Insane asylums in Bengal annual reports 1867-1875 - 1867-1875
Year: 1867
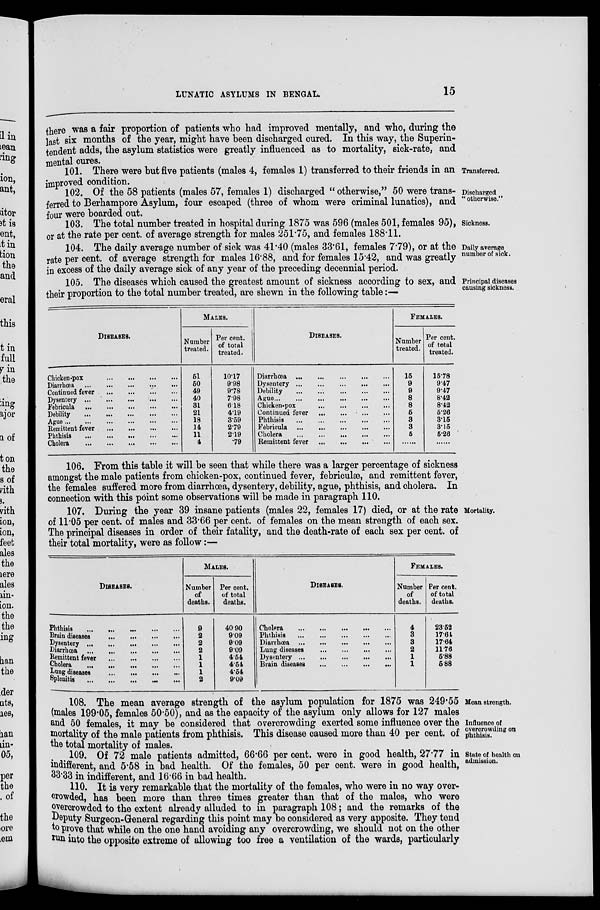
LUNATIC ASYLUMS IN BENGAL.
15
there was a fair proportion of patients who had improved mentally, and who, during the
last six months of the year, might have been discharged cured. In this way, the Superin-
tendent adds, the asylum statistics were greatly influenced as to mortality, sick-rate, and
mental cures.
Transferred.
101. There were but five patients (males 4, females 1) transferred to their friends in an
improved condition.
Discharged
"otherwise."
102. Of the 58 patients (males 57, females 1) discharged " otherwise," 50 were trans-
ferred to Berhampore Asylum, four escaped (three of whom were criminal lunatics), and
four were boarded out.
Sickness.
103. The total number treated in hospital during 1875 was 596 (males 501, females 95),
or at the rate per cent. of average strength for males 251.75, and females 188.11.
Daily average
number of sick.
104. The daily average number of sick was 41.40 (males 33.61, females 7.79), or at the
rate per cent. of average strength for males 16.88, and for females 15.42, and was greatly
in excess of the daily average sick of any year of the preceding decennial period.
Principal diseases
causing sickness.
105. The diseases which caused the greatest amount of sickness according to sex, and
their proportion to the total number treated, are shewn in the following table:—
DISEASES.
Chicken-pox
...
...
...
...
Diarrhœa
...
...
...
...
Continued fever
...
...
...
...
Dysentery
...
...
...
...
Febricula
...
...
...
...
Debility
...
...
...
...
Ague
...
...
...
...
...
...
Remittent fever
...
...
...
...
Phthisis
...
...
...
...
...
Cholera
...
...
...
...
...
MALES.
Number
treated.
61
60
49
40
31
21
18
14
11
4
Per cent.
of total
treated.
10.17
9.98
9.78
7.98
6.18
4.19
3.59
2.79
2.19
.79
DISEASES.
Diarrhœa
...
...
...
...
...
Dysentery
...
...
...
...
...
Debility
...
...
...
...
...
Ague
...
...
...
...
...
...
Chicken-pox
...
...
...
...
...
Continued fever
...
...
...
...
Phthisis
...
...
...
...
...
Febricula
...
...
...
...
...
Cholera ... ... ... ... ...
Remittent fever
...
...
...
...
FEMALES.
Number
treated.
15
9
9
8
8
6
3
3
5
......
Per cent.
of total
treated.
15.78
9.47
9.47
8.42
8.42
5.26
3.15
3.15
5.26
......
106. From this table it will be seen that while there was a larger percentage of sickness
amongst the male patients from chicken-pox, continued fever, febriculæ, and remittent fever,
the females suffered more from diarrhœa, dysentery, debility, ague, phthisis, and cholera. In
connection with this point some observations will be made in paragraph 110.
Mortality.
107. During the year 39 insane patients (males 22, females 17) died, or at the rate
of 11.05 per cent. of males and 33.66 per cent. of females on the mean strength of each sex.
The principal diseases in order of their fatality, and the death-rate of each sex per cent. of
their total mortality, were as follow:—
DISEASES.
Phthisis ... ... ... ... ...
Brain diseases
...
...
...
...
Dysentery
...
...
...
...
...
Diarrhœa ... ... ... ... ...
Remittent fever
...
...
...
...
Cholera
...
...
...
...
Lung diseases
...
...
...
...
Splenitis
...
...
...
...
MALES.
Number
of
deaths.
9
2
2
2
1
1
1
2
Per cent.
of total
deaths.
40.90
9.09
9.09
9.09
4.54
4.54
4.54
9.09
DISEASES.
Cholera
...
...
...
...
...
Phthisis
...
...
...
...
...
Diarrhœa
...
...
...
...
...
Lung diseases
...
...
...
...
Dysentery
...
...
...
...
Brain diseases
...
...
...
...
FEMALES.
Number
of
deaths.
4
3
3
2
1
1
Per cent.
of total
deaths.
23.52
17.64
17.64
1176
5.88
5.88
Mean strength.
Influence of
overcrowding on
phthisis.
108. The mean average strength of the asylum population for 1875 was 249.55
(males 199.05, females 50.50), and as the capacity of the asylum only allows for 127 males
and 50 females, it may be considered that overcrowding exerted some influence over the
mortality of the male patients from phthisis. This disease caused more than 40 per cent. of
the total mortality of males.
State of health on
admission.
109. Of 72 male patients admitted, 66.66 per cent.were in good health, 27.77 in
indifferent, and 5.58 in bad health. Of the females, 50 per cent. were in good health,
33.33 in indifferent, and 16.66 in bad health.
110. It is very remarkable that the mortality of the females, who were in no way over-
crowded, has been more than three times greater than that of the males, who were
overcrowded to the extent already alluded to in paragraph 108; and the remarks of the
Deputy Surgeon-General regarding this point may be considered as very apposite. They tend
to prove that while on the one hand avoiding any overcrowding, we should not on the other
run into the opposite extreme of allowing too free a ventilation of the wards, particularly